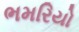
ભમરિયો